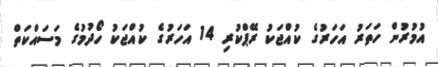
އުމުރުން ހަތަރު އަހަރުގެ ކުއްޖަކު ރޭޕްކުރި 14 އަަހަރުގެ ކުއްޖަކު ހޯދުމުގެ މަސައްކަތް